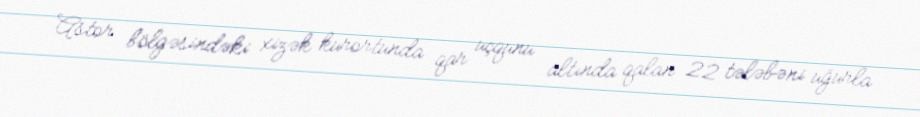
Astor bölgəsindəki xizək kurortunda qar uçqunu altında qalan 22 tələbəni uğurla